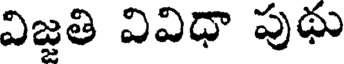
విజ్జతి వివిధా పుథు